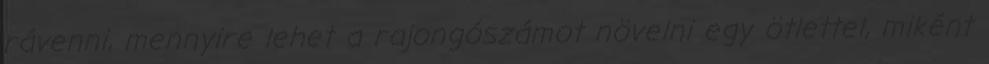
rávenni, mennyire lehet a rajongószámot növelni egy ötlettel, miként